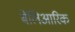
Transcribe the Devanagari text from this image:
बेलिआरिक